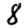
Digit: 8